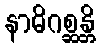
နာဓိဂစ္ဆန္တိ